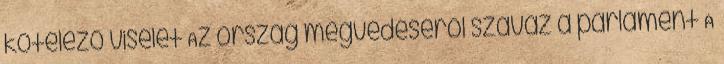
kötelező viselet Az ország megvédéséről szavaz a parlament A